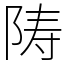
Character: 陦